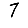
Digit: 7